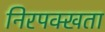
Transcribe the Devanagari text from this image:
निरपक्खता